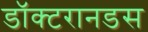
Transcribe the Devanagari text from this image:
डॉक्टरानडस